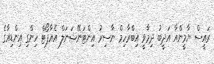
ރައީސް ޔާމީންއާ އަދީބު ދިމާވީ އިބްރާހިމް ނާސިރު އިންޓަނޭޝަނަލް އެއާޕޯޓް ހިންގި އިންޑިއާގެ